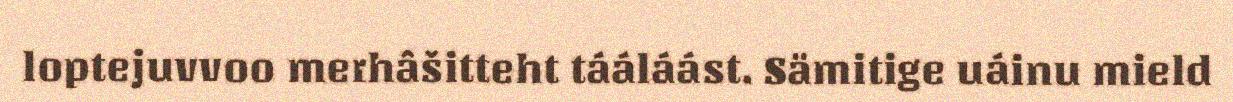
loptejuvvoo merhâšitteht tááláást. Sämitige uáinu mield